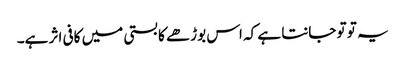
یہ تو تو جانتا ہے کہ اس بوڑھے کا بستی میں کافی اثر ہے۔